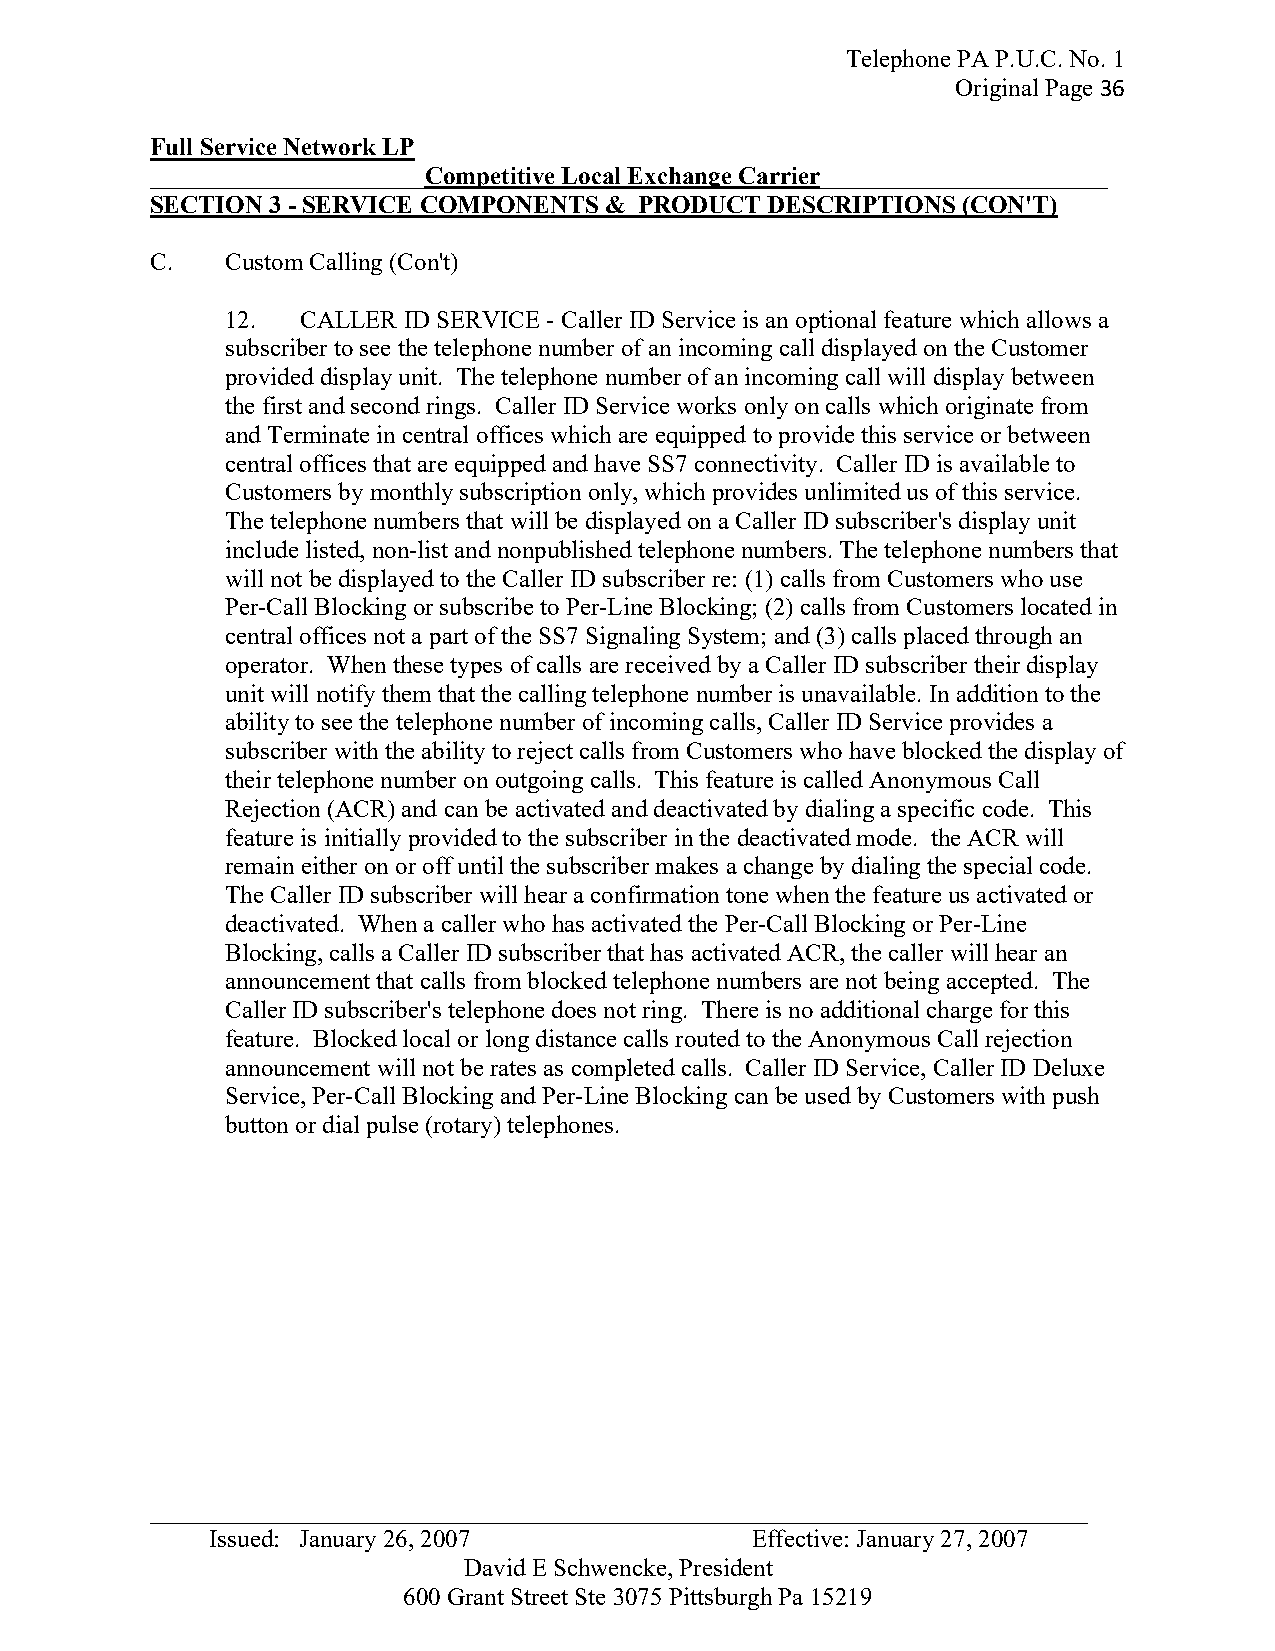
Telephone PA P.U.C. No. 1
 Original Page 36
 Full Service Network LP
 ______________________Competitive Local Exchange Carrier_______________________
 SECTION 3 - SERVICE COMPONENTS & PRODUCT DESCRIPTIONS (CON'T)
 C.   Custom Calling (Con't)
 12.  CALLER ID SERVICE - Caller ID Service is an optional feature which allows a
 subscriber to see the telephone number of an incoming call displayed on the Customer
 provided display unit. The telephone number of an incoming call will display between
 the first and second rings. Caller ID Service works only on calls which originate from
 and Terminate in central offices which are equipped to provide this service or between
 central offices that are equipped and have SS7 connectivity. Caller ID is available to
 Customers by monthly subscription only, which provides unlimited us of this service.
 The telephone numbers that will be displayed on a Caller ID subscriber's display unit
 include listed, non-list and nonpublished telephone numbers. The telephone numbers that
 will not be displayed to the Caller ID subscriber re: (1) calls from Customers who use
 Per-Call Blocking or subscribe to Per-Line Blocking; (2) calls from Customers located in
 central offices not a part of the SS7 Signaling System; and (3) calls placed through an
 operator. When these types of calls are received by a Caller ID subscriber their display
 unit will notify them that the calling telephone number is unavailable. In addition to the
 ability to see the telephone number of incoming calls, Caller ID Service provides a
 subscriber with the ability to reject calls from Customers who have blocked the display of
 their telephone number on outgoing calls. This feature is called Anonymous Call
 Rejection (ACR) and can be activated and deactivated by dialing a specific code. This
 feature is initially provided to the subscriber in the deactivated mode. the ACR will
 remain either on or off until the subscriber makes a change by dialing the special code.
 The Caller ID subscriber will hear a confirmation tone when the feature us activated or
 deactivated. When a caller who has activated the Per-Call Blocking or Per-Line
 Blocking, calls a Caller ID subscriber that has activated ACR, the caller will hear an
 announcement that calls from blocked telephone numbers are not being accepted. The
 Caller ID subscriber's telephone does not ring. There is no additional charge for this
 feature. Blocked local or long distance calls routed to the Anonymous Call rejection
 announcement will not be rates as completed calls. Caller ID Service, Caller ID Deluxe
 Service, Per-Call Blocking and Per-Line Blocking can be used by Customers with push
 button or dial pulse (rotary) telephones.
 _ __________________________________________________________________________
 Issued: January 26, 2007            Effective: January 27, 2007
 David E Schwencke, President
 600 Grant Street Ste 3075 Pittsburgh Pa 15219